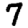
Digit: 7